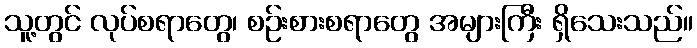
သူ့တွင် လုပ်စရာတွေ၊ စဉ်းစားစရာတွေ အများကြီး ရှိသေးသည်။